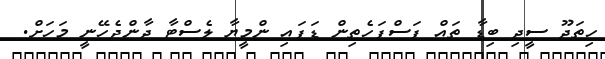
ހިތަދޫ ސީދި ބިޑާ ތައް ފަސްފަހެތިން ޑަފައި ންމީޔާ ލެސްޓާ ދާންޖެހޭނީ މަހަށް.